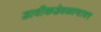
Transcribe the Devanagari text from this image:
डावीकडेवळल्यावर